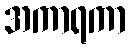
အကာရကာ